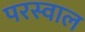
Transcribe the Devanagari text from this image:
परस्वाल